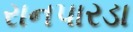
રાનપારડા